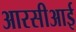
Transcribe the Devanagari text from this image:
आरसीआई